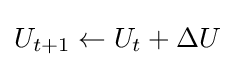
U_{t+1}\leftarrow U_{t}+\Delta U